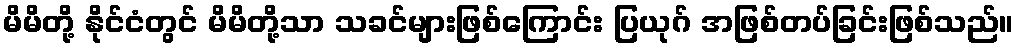
မိမိတို့ နိုင်ငံတွင် မိမိတို့သာ သခင်များဖြစ်ကြောင်း ပြယုဂ် အဖြစ်တပ်ခြင်းဖြစ်သည်။